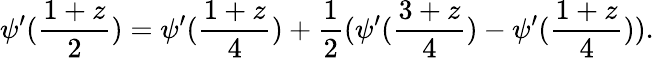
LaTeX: \psi^{\prime}(\frac{1+z}{2})=\psi^{\prime}(\frac{1+z}{4})+\frac{1}{2}(\psi^{\prime}(\frac{3+z}{4})-\psi^{\prime}(\frac{1+z}{4})).